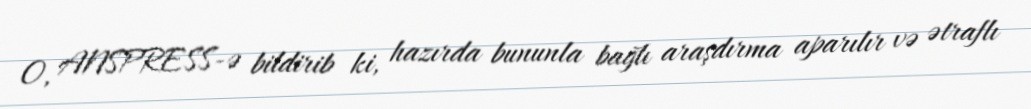
O, ANSPRESS-ə bildirib ki, hazırda bununla bağlı araşdırma aparılır və ətraflı